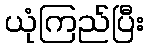
ယုံကြည်ပြီး